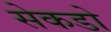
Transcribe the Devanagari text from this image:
सेकडो